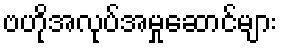
ဗဟိုအလုပ်အမှုဆောင်များ